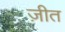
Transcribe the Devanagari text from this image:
ज़ीत